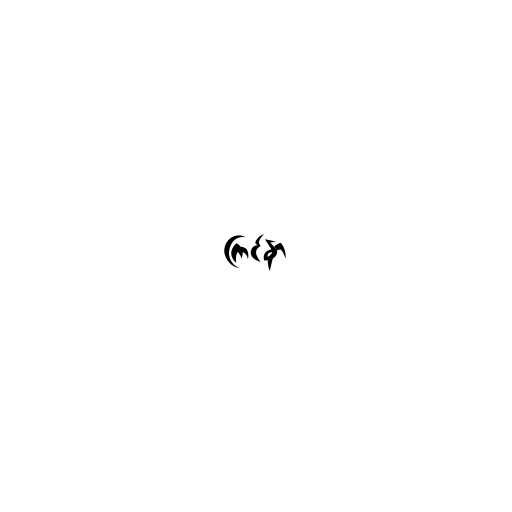
ကြင်နာ